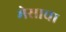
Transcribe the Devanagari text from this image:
मेसाचा